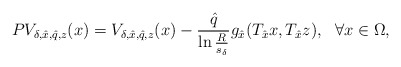
\begin{align*}PV_{\delta, \hat{x}, \hat{q}, z}(x)=V_{\delta, \hat{x}, \hat{q}, z}(x)-\frac{\hat{q}}{\ln\frac{R}{s_\delta}}g_{\hat{x}}(T_{\hat{x}}x, T_{\hat{x}}z),\ \ \forall x\in\Omega,\end{align*}